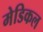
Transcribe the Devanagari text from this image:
मेडिकल